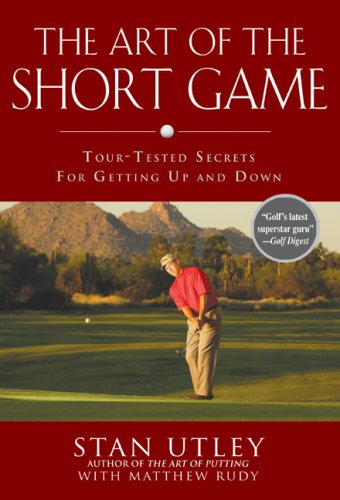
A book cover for The Art of the Short Game: Tour-Tested Secrets for Getting Up and Down; Stan Utley; Sports & Outdoors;